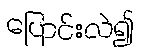
ပြောင်းလဲ၍